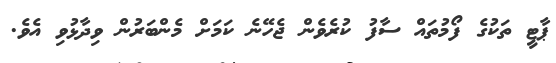
ޕާޓީ ތަކުގެ ފޯމުތައް ސާފު ކުރެވެން ޖެހޭނެ ކަމަށް މެންބަރުން ވިދާޅުވި އެވެ.